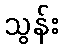
သွန်း